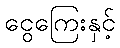
ငွေကြေးနှင့်